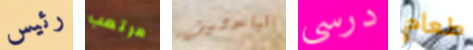
رئيس مرتعب الباحثين درسي طعام